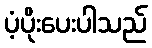
ပံ့ပိုးပေးပါသည်